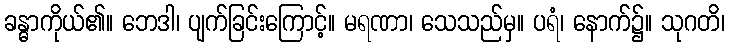
ခန္ဓာကိုယ်၏။ ဘေဒါ၊ ပျက်ခြင်းကြောင့်။ မရဏာ၊ သေသည်မှ။ ပရံ၊ နောက်၌။ သုဂတိ၊